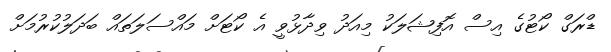
ޑްރަގް ކޯޓުގެ އިސް އޮފިޝަލަކު މިއަދު ވިދާޅުވީ އެ ކޯޓަށް މައްސަލަތައް ބަދަލުކުރުމަށް